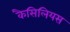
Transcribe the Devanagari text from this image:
कैसिलियस